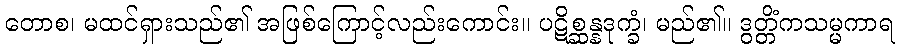
တောစ၊ မထင်ရှားသည်၏ အဖြစ်ကြောင့်လည်းကောင်း။ ပဋိစ္ဆန္နဒုက္ခံ၊ မည်၏။ ဒွတ္တိံကသမ္မကာရ